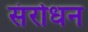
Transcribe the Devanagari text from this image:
संरोधन